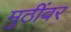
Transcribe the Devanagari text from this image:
मुठींवर